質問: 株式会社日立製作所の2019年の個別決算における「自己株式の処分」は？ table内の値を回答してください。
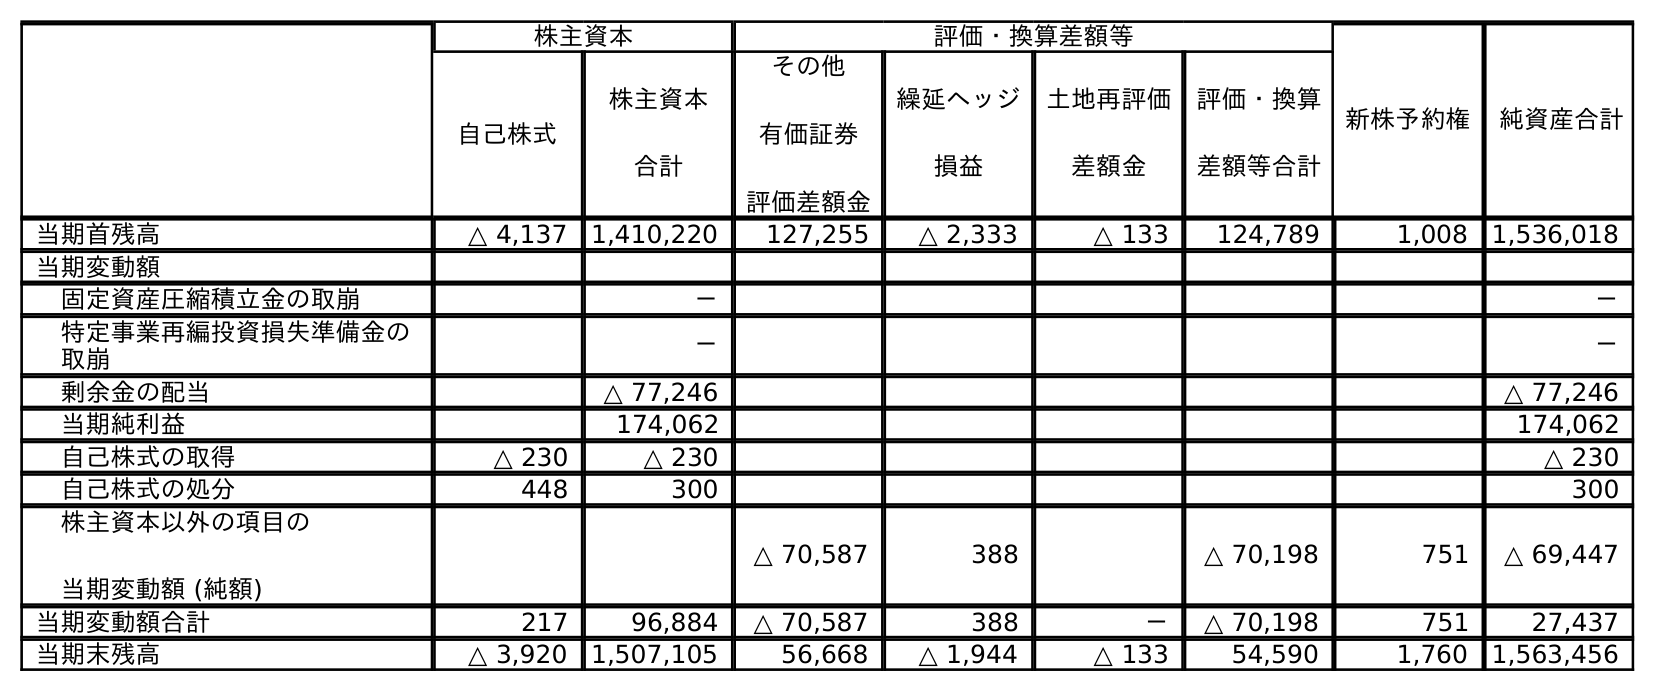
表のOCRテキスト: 株主資本 評価・換算差額等 新株予約権 純資産合計 自己株式 株主資本 合計 その他 有価証券 評価差額金 繰延ヘッジ 損益 土地再評価 差額金 評価・換算 差額等合計 当期首残高 △ 4,137 1,410,220 127,255 △ 2,333 △ 133 124,789 1,008 1,536,018 当期変動額 固定資産圧縮積立金の取崩 － － 特定事業再編投資損失準備金の 取崩 － － 剰余金の配当 △ 77,246 △ 77,246 当期純利益 174,062 174,062 自己株式の取得 △ 230 △ 230 △ 230 自己株式の処分 448 300 300 株主資本以外の項目の 当期変動額 (純額) △ 70,587 388 △ 70,198 751 △ 69,447 当期変動額合計 217 96,884 △ 70,587 388 － △ 70,198 751 27,437 当期末残高 △ 3,920 1,507,105 56,668 △ 1,944 △ 133 54,590 1,760 1,563,456
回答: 300